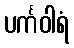
ပင်္ကဝါရံ